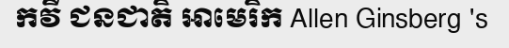
កវី ជនជាតិ អាមេរិក Allen Ginsberg 's